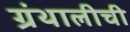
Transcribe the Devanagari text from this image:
ग्रंथालीची